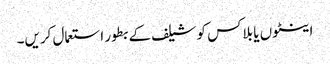
اینٹوں یا بلاکس کو شیلف کے بطور استعمال کریں۔